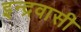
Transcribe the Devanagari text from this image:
इन्द्रवासी